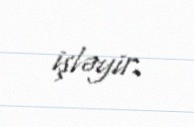
işləyir.